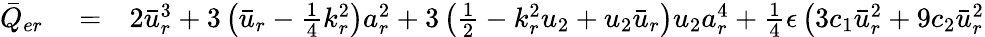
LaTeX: \begin{array}{rlr}{\bar{Q}_{er}}&{{}=}&{2\bar{u}_{r}^{3}+3\left(\bar{u}_{r}-\frac{1}{4}k_{r}^{2}\right)a_{r}^{2}+3\left(\frac{1}{2}-k_{r}^{2}u_{2}+u_{2}\bar{u}_{r}\right)u_{2}a_{r}^{4}+\frac{1}{4}\epsilon\left(3c_{1}\bar{u}_{r}^{2}+9c_{2}\bar{u}_{r}^{2}\right.}\end{array}